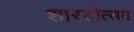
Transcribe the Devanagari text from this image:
शारदोत्सव